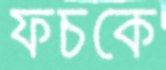
ফচকে